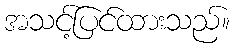
အသင့်ပြင်ထားသည်။